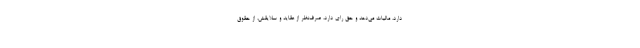
دارد، مالیات می‌دهد و حق رای دارد، صرف‌نظر از عقاید و سلایقش، از حقوق